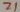
Text: Z1